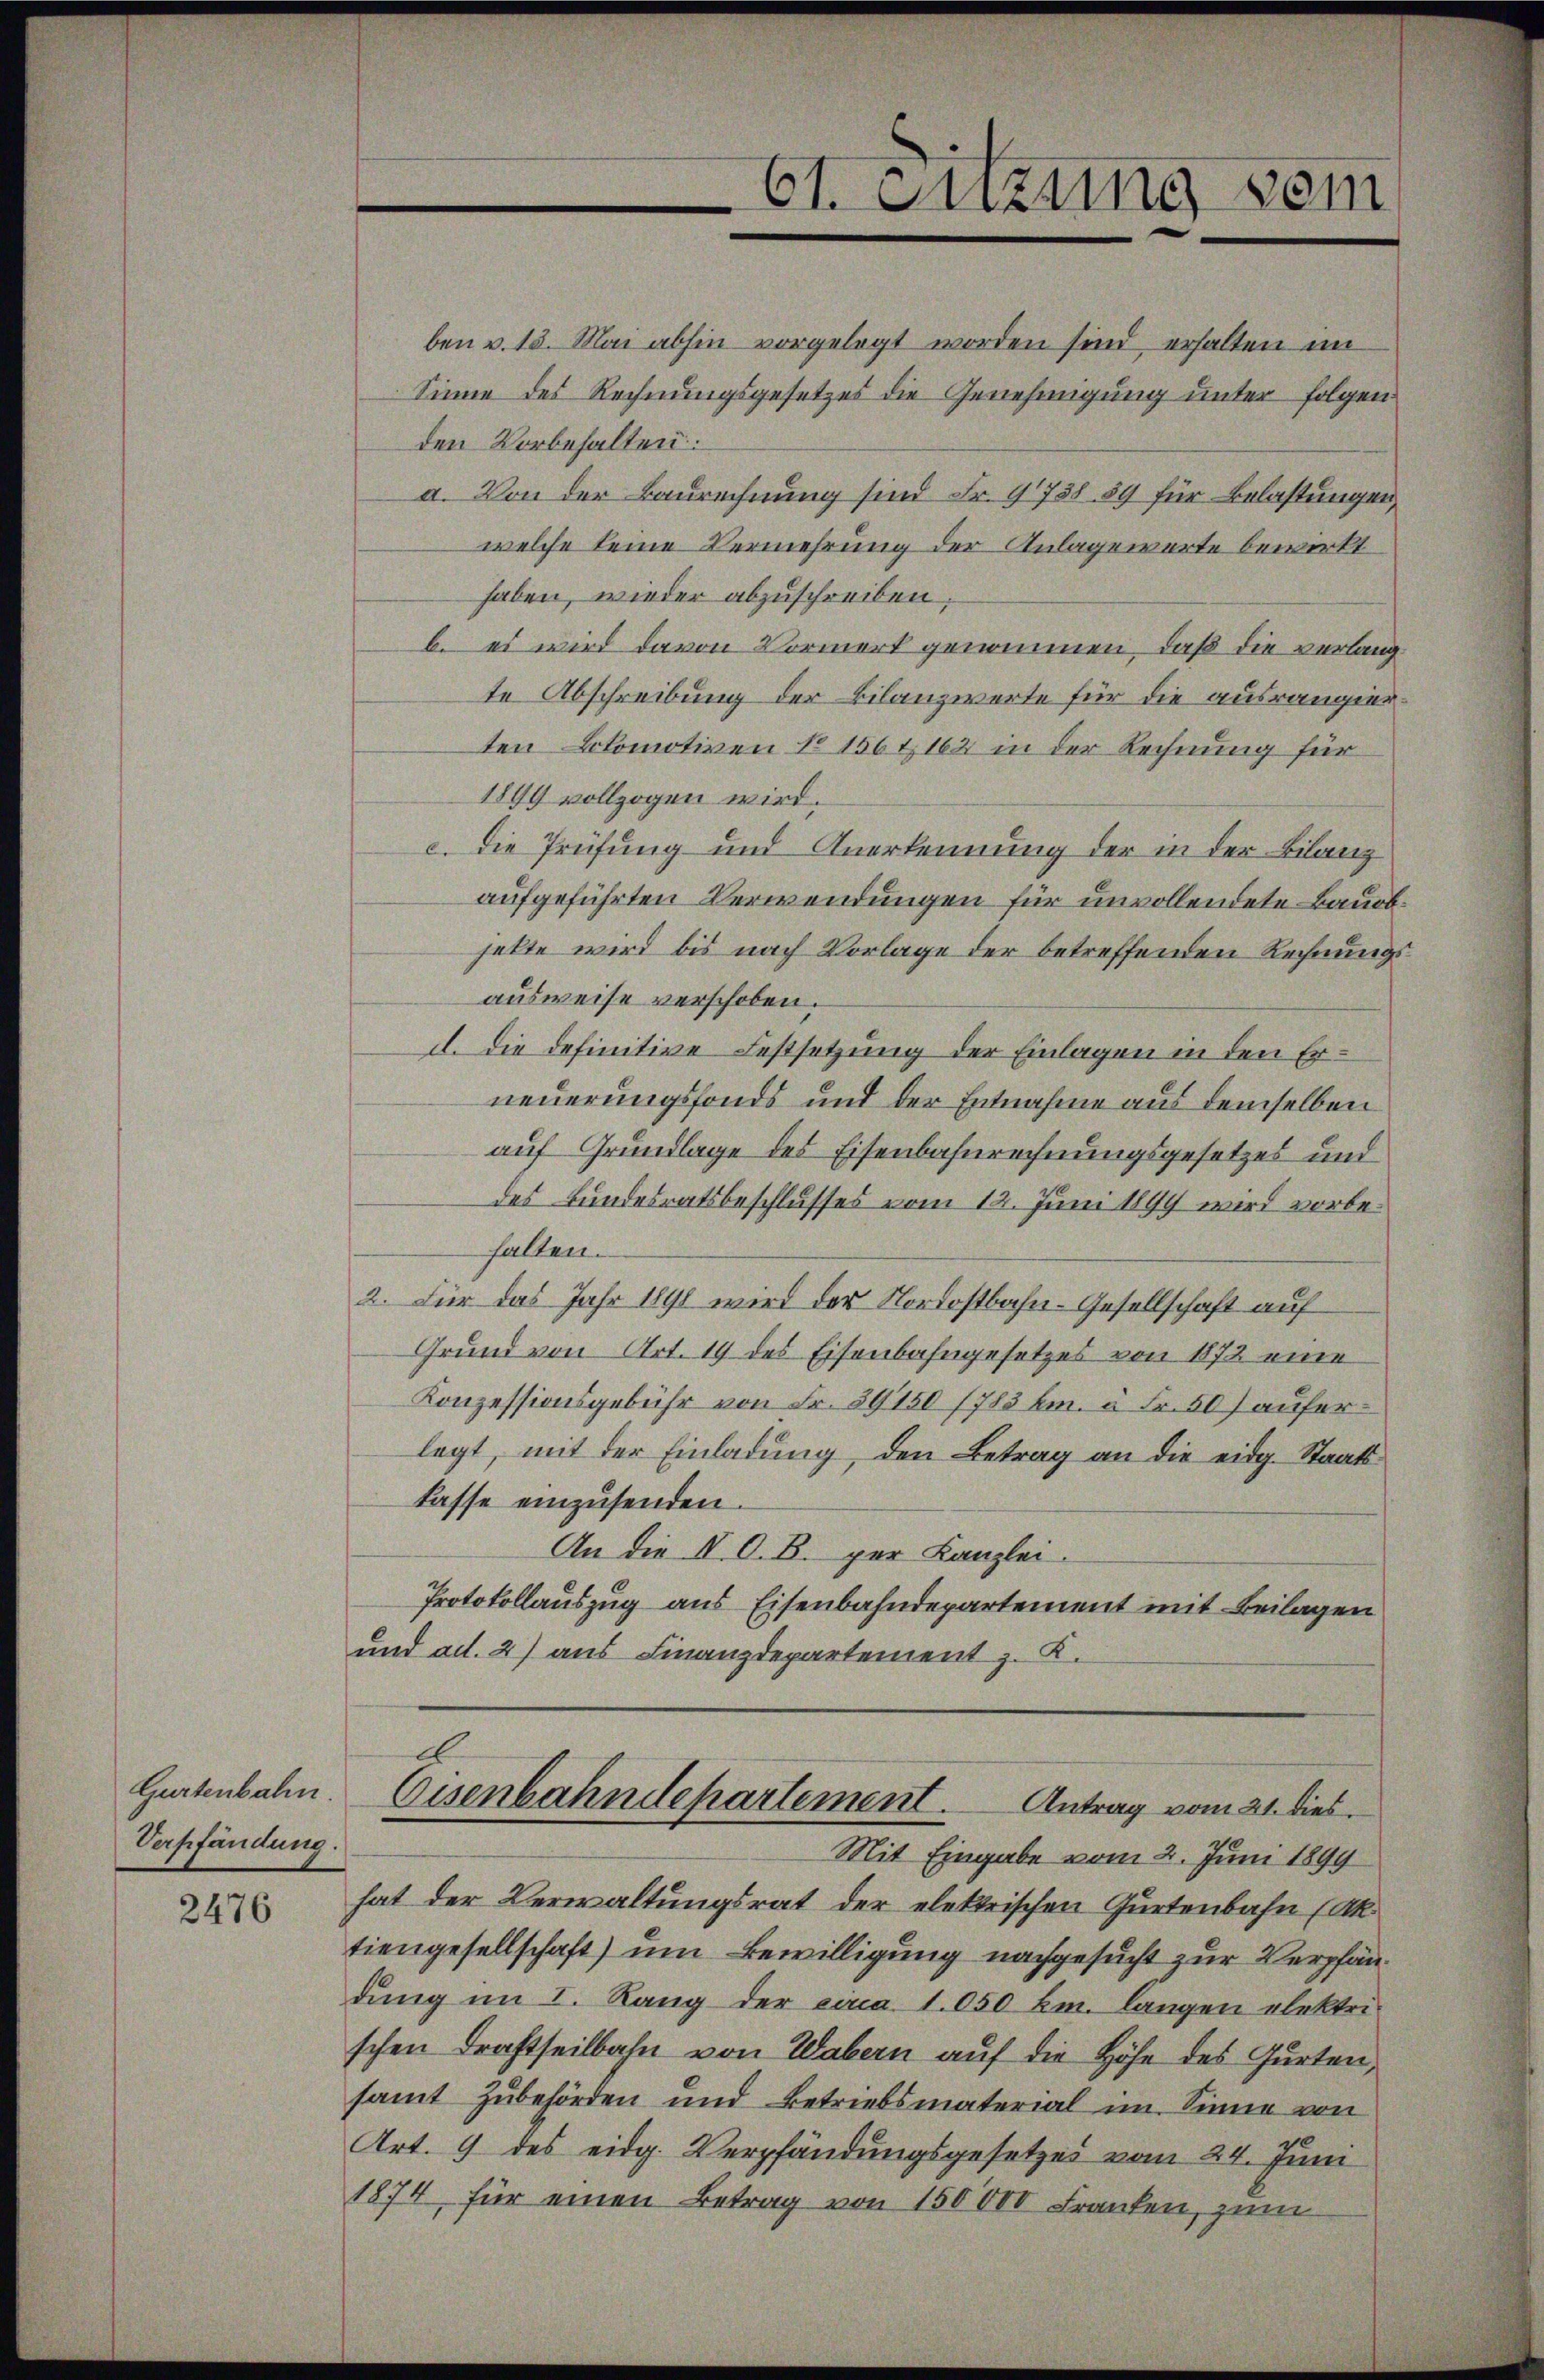
Verpfändung

2476

Art. 9 des eidg. Verpfändungsgesetzes vom 24. Juni
1874 für einen Betrag von 150000 Franken, zum

61. Sitzung sein

ben v. 13. Mai abhin vorgelegt worden sind, erhalten im
Sinne des Rechnungsgesetzes die Genehmigung unter folgen
den Vorbehalten.
a. Von der Baurechnung sind Fr. 9738. 89 für Belastungen,
welche keine Vermehrung der Anlagewerte bewirkt
haben, wieder abzuschreiben;
b. es wird davon Vormerk genommen, daß die verlang
te Abschreibung der Bilanzwerte für die ausrangierten Lokomotiven No 156 & 162 in der Rechnung für
1899 vollzogen wird.
c. Die Prüfung und Anerkennung der in der Bilanz
aufgeführten Verwendungen für unvollendete Bauobhelte wird bis nach Vorlage der betreffenden Rechnungsausweise verschoben.
d. Die definitive Festsetzung der Einlagen in den Erneuerungsfonds und der Entnahme aus demselben
auf Grundlage des Eisenbahnrechnungsgesetzes und
des Bundesratsbeschlusses vom 12. Juni 1899 wird vorbehalten.
2. Für das Jahr 1891 wird der Nordostbahn-Gesellschaft auf
Grund von Art. 19 des Eisenbahngesetzes von 1872 eine
Konzessionsgebühr von Fr. 59150 1783 km. à Fr. 507 auferlegt, mit der Einladung, den Betrag an die eidg. Staatslasse einzusenden.
An die II. O. B. per Kanzlei.
Protokollauszug aus Eisenbahndepartement mit Beilagen
und ad. 2) aus Finanzdepartement z. K.

E
Gartenbahn. Eisenbahndepartement. Antrag vom 21. dies

Mit Eingabe vom 2. Juni 1899
hat der Verwaltungsrat der elektrischen Gurtenbahn (Ak
tiengesellschaft) um Bewilligung nachgesucht zur Verpfändung im I. Rang der eina 1050 km. langen elektrischen Drahtheilbahn von Wabern auf die Höhe des Gurten,
samt Zubehörden und Betriebsmaterial im Sinne von